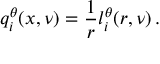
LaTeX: q _ { i } ^ { \theta } ( x , \nu ) = \frac { 1 } { r } l _ { i } ^ { \theta } ( r , \nu ) \, .